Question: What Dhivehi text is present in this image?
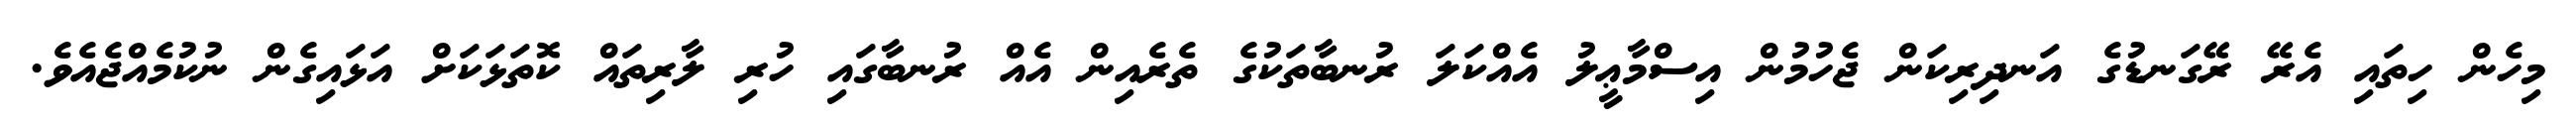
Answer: މިހެން ހިތައި އެރޭ ރޭގަނޑުގެ އަނދިރިކަން ޖެހުމުން އިސްމާޢީލު އެއްކަލަ ރުނބާތަކުގެ ތެރެއިން އެއް ރުނބާގައި ހުރި ލާރިތައް ކޮތަޅަކަށް އަޅައިގެން ނުކުމެއްޖެއެވެ.